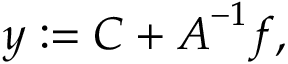
\boldsymbol { y } : = \boldsymbol { C } + \boldsymbol { A } ^ { - 1 } \boldsymbol { f } ,